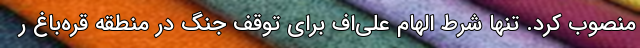
منصوب کرد. تنها شرط الهام علی‌اف برای توقف جنگ در منطقه قره‌باغ ر